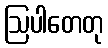
ဩပါတေတု